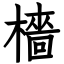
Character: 檣